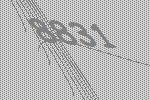
8831